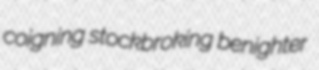
coigning stockbroking benighter